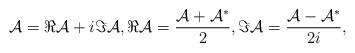
LaTeX: \begin{align*} \mathcal{A} = \Re \mathcal{A} + i \Im \mathcal{A}, \Re \mathcal{A} = \frac{\mathcal{A} + \mathcal{A}^*}{2}, \Im \mathcal{A} = \frac{\mathcal{A} - \mathcal{A}^*}{2i},\end{align*}